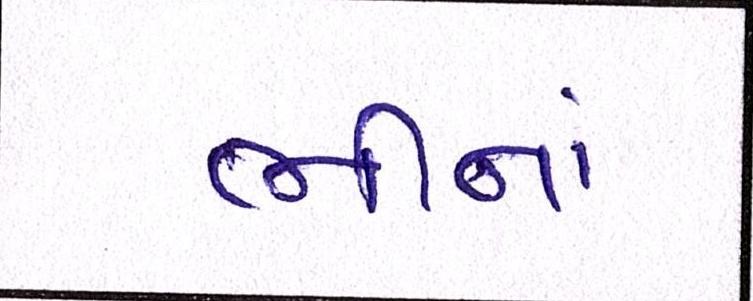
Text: ભીનાં